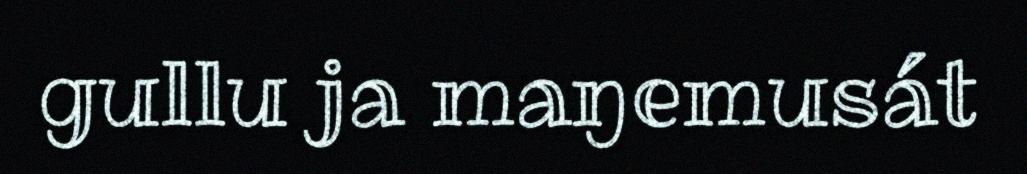
gullu ja maŋemusát